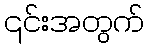
၎င်းအတွက်